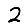
Digit: 2